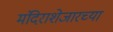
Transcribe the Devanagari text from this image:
मंदिराशेजारच्या